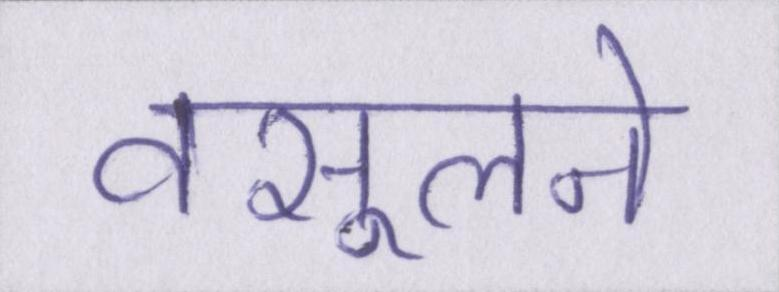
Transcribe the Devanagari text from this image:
वसूलने